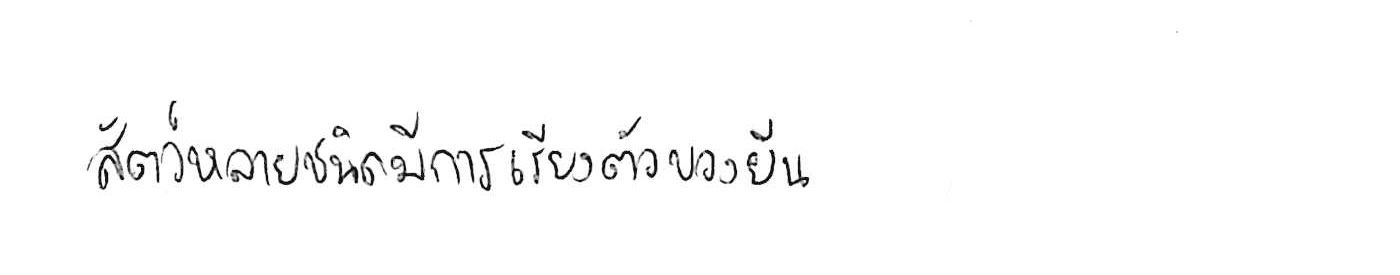
สัตว์หลายชนิดมีการเรียงตัวของยีน